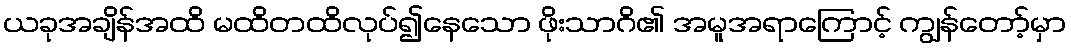
ယခုအချိန်အထိ မထိတထိလုပ်၍နေသော ဖိုးသာဂိ၏ အမူအရာကြောင့် ကျွန်တော့်မှာ